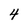
Character: 4